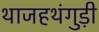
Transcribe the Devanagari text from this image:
थाजहथंगुड़ी